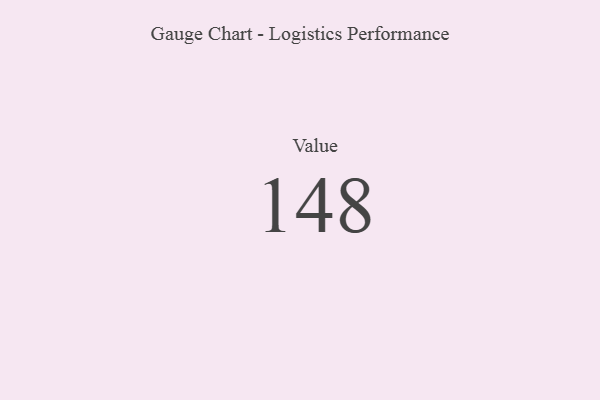
{"axis": {"x": "Metric", "y": "Value"}, "legend": [""], "data": [{"x": "Value", "y": 148, "type": ""}]}